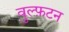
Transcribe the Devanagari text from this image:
वुल्फ़टन